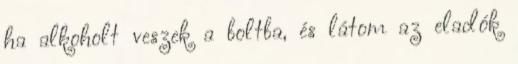
ha alkoholt veszek a boltba, és látom az eladók